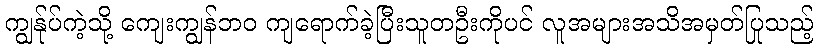
ကျွန်ုပ်ကဲ့သို့ ကျေးကျွန်ဘဝ ကျရောက်ခဲ့ပြီးသူတဦးကိုပင် လူအများအသိအမှတ်ပြုသည့်